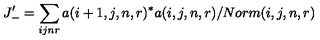
J _ { - } ^ { \prime } = \sum _ { i j n r } a ( i + 1 , j , n , r ) ^ { * } a ( i , j , n , r ) / N o r m ( i , j , n , r )